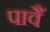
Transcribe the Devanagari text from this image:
पावैं